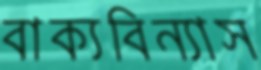
বাক্যবিন্যাস